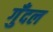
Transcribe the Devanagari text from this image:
गुँदल